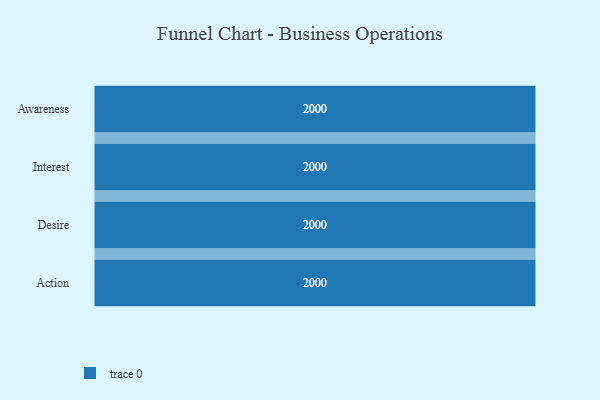
{"axis": {"x": "Stage", "y": "Value"}, "legend": [""], "data": [{"x": "Awareness", "y": 2000, "type": ""}, {"x": "Interest", "y": 2000, "type": ""}, {"x": "Desire", "y": 2000, "type": ""}, {"x": "Action", "y": 2000, "type": ""}]}